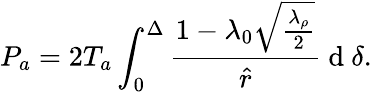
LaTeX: P_{a}=2T_{a}\int_{0}^{\Delta}\frac{1-\lambda_{0}\sqrt{\frac{\lambda_{\rho}}{2}}}{\hat{r}}\mathrm{~d~}\delta.